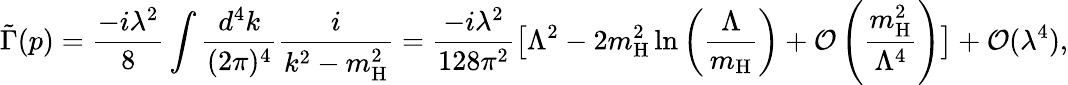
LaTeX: \tilde{\Gamma}(p)=\frac{-i\lambda^{2}}{8}\int\frac{d^{4}k}{(2\pi)^{4}}\frac{i}{k^{2}-m_{\mathrm{H}}^{2}}=\frac{-i\lambda^{2}}{128\pi^{2}}\big[\Lambda^{2}-2m_{\mathrm{H}}^{2}\ln\left(\frac{\Lambda}{m_{\mathrm{H}}}\right)+\mathcal{O}\left(\frac{m_{\mathrm{H}}^{2}}{\Lambda^{4}}\right)\big]+\mathcal{O}(\lambda^{4}),